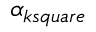
\alpha _ { k s q u a r e }